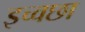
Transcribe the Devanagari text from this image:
इच्वछा